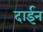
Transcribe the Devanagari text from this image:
दाईन